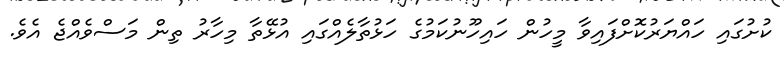
ކުށުގައި ހައްޔަރުކޮށްފައިވާ މީހުން ހައިހޫނުކަމުގެ ހަޅުތާލެއްގައި އުޅޭތާ މިހާރު ތިން މަސްވެއްޖެ އެވެ.